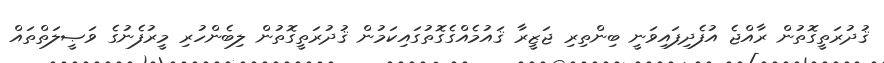
ޤުދުރަތީގޮތުން ރާއްޖެ އުފެދިފައިވަނީ ބިންތިރި ޖަޒީރާ ޤައުމެއްގެގޮތުގައިކަމުން ޤުދުރަތީގޮތުން ލިބެންހުރި މީރުފެނުގެ ވަޞީލަތްތައް